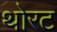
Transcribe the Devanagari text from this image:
थोरट